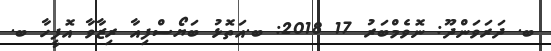
ބ. ދަރަވަންދޫ: ނޮވެމްބަރު 17 2018: ބ.އަތޮޅު ބަޔޯސްފިއާ ރިޒާވާ އޮފީހާ ބ.